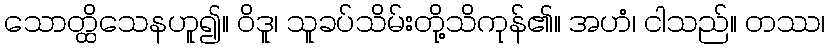
သောတ္ထိသေနဟူ၍။ ဝိဒူ၊ သူခပ်သိမ်းတို့သိကုန်၏။ အဟံ၊ ငါသည်။ တဿ၊